Indian journal of veterinary science and animal husbandry - Volume 13,
Year: 1943
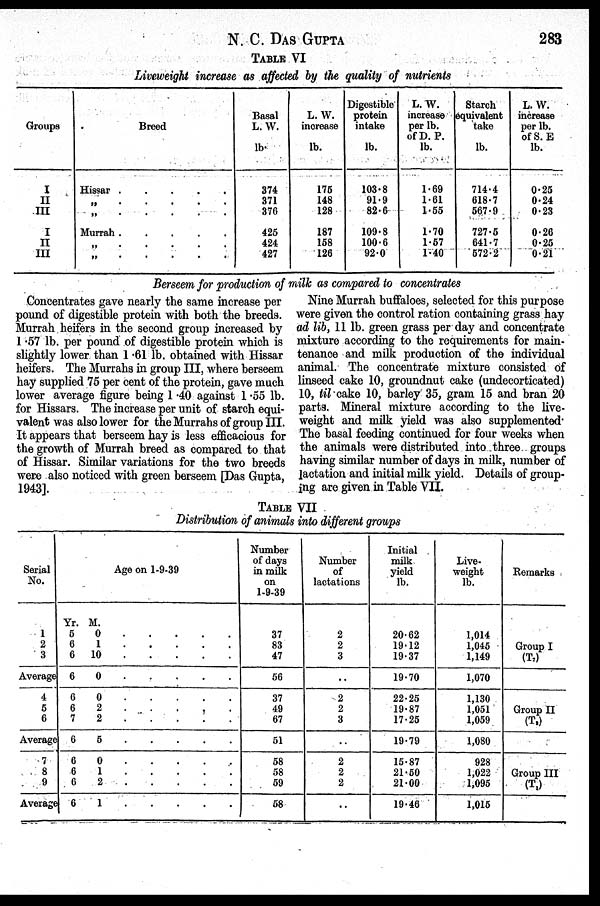
N. C.
DAS
GUPTA
283
TABLE VI
Liveweight increase as affected by the quality of nutrients
Groups
I
II
III
I
II
III
Breed
Hissar
.
.
.
.
.
„ . . . . .
„ . . . . .
Murrah .
.
.
.
.
„ . . . . .
„
.
.
.
.
.
Basal
L. W.
lb.
374
371
376
425
424
427
L. W.
increase
lb.
175
148
128
187
158
126
Digestible
protein
intake
lb.
103.8
91.9
82.6
109.8
100.6
92.0
L. W.
increase
per lb.
of D. P.
lb.
1.69
1.61
1.55
1.70
1.57
1.40
Starch
equivalent
take
lb.
714.4
618.7
567.9
727.5
641.7
572.2
L. W.
increase
per lb.
of S. E
lb.
0.25
0.24
0.23
0.26
0.25
0.21
Berseem for production of milk as compared to concentrates
Concentrates gave nearly the same increase per
pound of digestible protein with both the breeds.
Murrah heifers in the second group increased by
1.57 lb. per pound of digestible protein which is
slightly lower than 1.61 lb. obtained with Hissar
heifers. The Murrahs in group III, where berseem
hay supplied 75 per cent of the protein, gave much
lower average figure being 1.40 against 1.55 lb.
for Hissars. The increase per unit of starch equi-
valent was also lower for the Murrahs of group III.
It appears that berseem hay is less efficacious for
the growth of Murrah breed as compared to that
of Hissar. Similar variations for the two breeds
were also noticed with green berseem [Das Gupta,
1943].
Nine Murrah buffaloes, selected for this purpose
were given the control ration containing grass hay
ad lib, 11 lb. green grass per day and concentrate
mixture according to the requirements for main-
tenance and milk production of the individual
animal. The concentrate mixture consisted of
linseed cake 10, groundnut cake (undecorticated)
10, til cake 10, barley 35, gram 15 and bran 20
parts. Mineral mixture according to the live-
weight and milk yield was also supplemented
The basal feeding continued for four weeks when
the animals were distributed into three groups
having similar number of days in milk, number of
lactation and initial milk yield. Details of group-
ing are given in Table VII.
TABLE VII
Distribution of animals into different groups
Serial
No.
1
2
3
Average
4
5
6
Average
7
8
9
Average
Age on 1-9-39
Yr.
5
6
6
6
6
6
7
6
6
6
6
6
M.
0
1
10
0
0
2
2
5
0
1
2
1
. . . . .
. . . . .
. . . . .
. . . . .
. . . . .
. . . . .
. . . . .
. . . . .
. . . . .
. . . . .
. . . . .
. . . . .
. . . . .
Number
of days
in milk
on
1-9-39
37
83
47
56
37
49
67
51
58
58
59
58
Number
of
lactations
2
2
3
..
2
2
3
..
2
2
2
..
Initial
milk
yield
lb.
20.62
19.12
19.37
19.70
22.25
19.87
17.25
19.79
15.87
21.50
21.00
19.46
Live-
weight
lb.
1,014
1,045
1,149
1,070
1,130
1,051
1,059
1,080
928
1,022
1,095
1,015
Remarks
Group I
(T 7 )
Group II
(T 2 )
Group III
(T 1 )